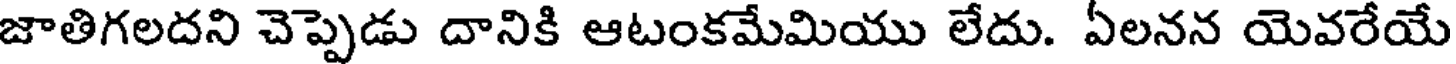
జాతిగలదని చెప్పెడు దానికి ఆటంకమేమియు లేదు. ఏలనన యెవరేయే